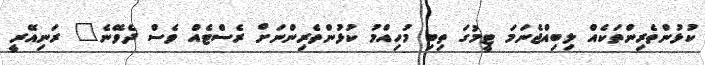
ކުޅުންތެރިންތަކެއް ލިބިއްޖެނަމަ ޓީމުގަ ތިބި މުހިއްމު ކުޅުންތެރިންނަށް ރެސްޓެއް ވެސް ދެވޭނެ" ރަނިއޭރީ